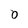
Character: 0